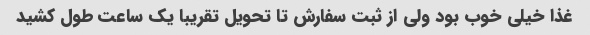
غذا خیلی خوب بود ولی از ثبت سفارش تا تحویل تقریبا یک ساعت طول کشید